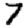
Digit: 7